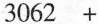
3062